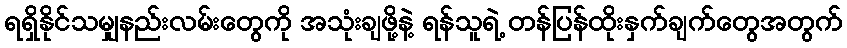
ရရှိနိုင်သမျှနည်းလမ်းတွေကို အသုံးချဖို့နဲ့ ရန်သူရဲ့ တန်ပြန်ထိုးနှက်ချက်တွေအတွက်